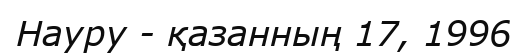
Науру - қазанның 17, 1996